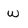
Character: w